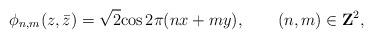
LaTeX: \begin{align*}\phi_{n,m}(z,\bar z) =\sqrt 2 {\rm cos}\, 2\pi (nx +my),\qquad (n,m)\in {\bf Z}^2,\end{align*}